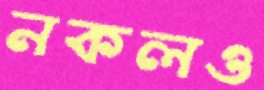
নকলও